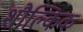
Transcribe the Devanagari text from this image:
शौल्किक